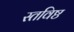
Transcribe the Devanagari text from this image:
स्तविष्ठ